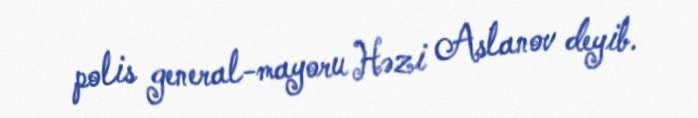
polis general-mayoru Həzi Aslanov deyib.